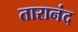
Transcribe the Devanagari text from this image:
तारानंद